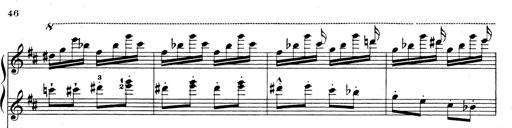
Title: Rhapsodie espagnole
Composer: Franz Liszt